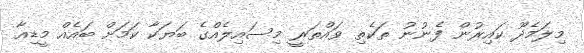
މިލަމެދޫ ކައިރުން ފެނުނު ތަކެތި ވައްތަރީ މިސައިލެއްގެ ބަޔަކާ ކަމަށް ބައެއް މީޑިއާ